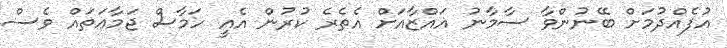
އުފެއްދުމަށް ބޭނުންވާ ސާމާނު ޣައްޒާއަށް އެތެރެ ކުރުން އެއީ ހަމާސް ޖަމާޢަތައް ވެސް